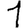
Digit: 1